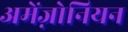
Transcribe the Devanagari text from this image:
अमेंज़ोनियन